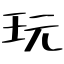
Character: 玩